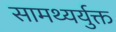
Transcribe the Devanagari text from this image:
सामथ्यर्युक्त